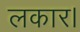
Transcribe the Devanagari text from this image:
लकार।